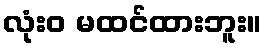
လုံးဝ မထင်ထားဘူး။